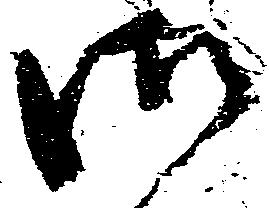
御